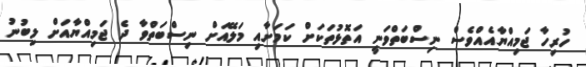
ހުރިހާ ޖަމިއްޔާއެއްވެސް ނިސްބަތްވަނީ އަތޮޅުތަކަށް ކަމަށާއި މަލޭއަށް ނިސްބަތްވާ ދެ ޖަމިއްޔާއަށް ލިބުނު